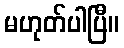
မဟုတ်ပါပြီ။